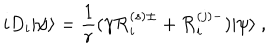
LaTeX: i D _ { i } | \psi \rangle = \frac { 1 } { r } ( \gamma { \cal R } _ { i } ^ { ( s ) \pm } + { \cal R } _ { i } ^ { ( j ) - } ) | \psi \rangle ~ , \nonumber